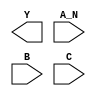
module sky130_fd_sc_hs__nand3b (
    Y  ,
    A_N,
    B  ,
    C
);

    output Y  ;
    input  A_N;
    input  B  ;
    input  C  ;

    // Voltage supply signals
    supply1 VPWR;
    supply0 VGND;

endmodule